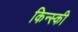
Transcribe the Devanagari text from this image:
किन्स्की